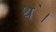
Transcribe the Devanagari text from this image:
थ॓।